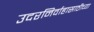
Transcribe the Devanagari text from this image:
उदरनिर्वाहासाठीच्या